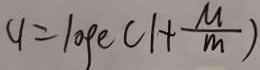
9 = \log e ( 1 + \frac { M } { m } )